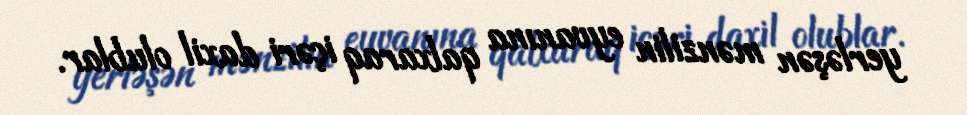
yerləşən mənzilin eyvanına qalxaraq içəri daxil olublar.